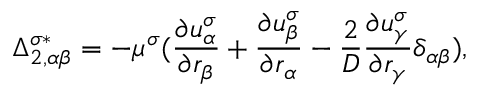
\Delta _ { 2 , \alpha \beta } ^ { \sigma * } = - \mu ^ { \sigma } ( \frac { \partial u _ { \alpha } ^ { \sigma } } { \partial r _ { \beta } } + \frac { \partial u _ { \beta } ^ { \sigma } } { \partial r _ { \alpha } } - \frac { 2 } { D } \frac { \partial u _ { \gamma } ^ { \sigma } } { \partial r _ { \gamma } } \delta _ { \alpha \beta } ) ,